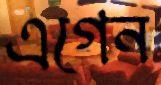
এগেন